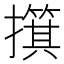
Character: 𫾑